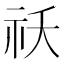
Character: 祅